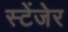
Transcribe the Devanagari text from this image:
स्टेंजेर